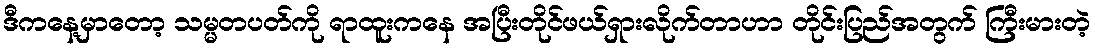
ဒီကနေ့မှာတော့ သမ္မတပတ်ကို ရာထူးကနေ အပြီးတိုင်ဖယ်ရှားလိုက်တာဟာ တိုင်းပြည်အတွက် ကြီးမားတဲ့